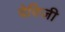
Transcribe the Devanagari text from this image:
देविजी